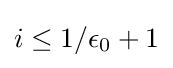
i\leq 1/\epsilon _{0}+1